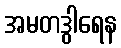
အမတဒွါရေန